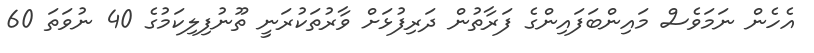
އެހެން ނަމަވެސް މައިންބަފައިންގެ ފަރާތުން ދަރިފުޅަށް ވާރުތަކުރަނީ ތޫނުފިލިކަމުގެ 40 ނުވަތަ 60